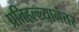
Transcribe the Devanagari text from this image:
प्रतिहल्ल्यानंतर